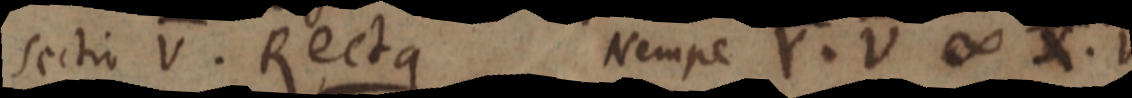
sectio V. Recta Nempe Y . V ∞ X . V